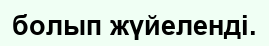
болып жүйеленді.